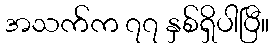
အသက်က ၇၇ နှစ်ရှိပါပြီ။